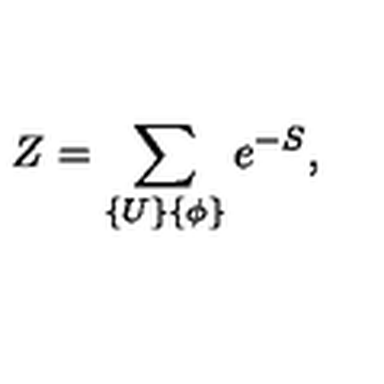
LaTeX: Z = \sum _ { \{ U \} \{ \phi \} } e ^ { - S } ,